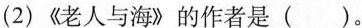
(2) 《老人与海》的作者是（）。